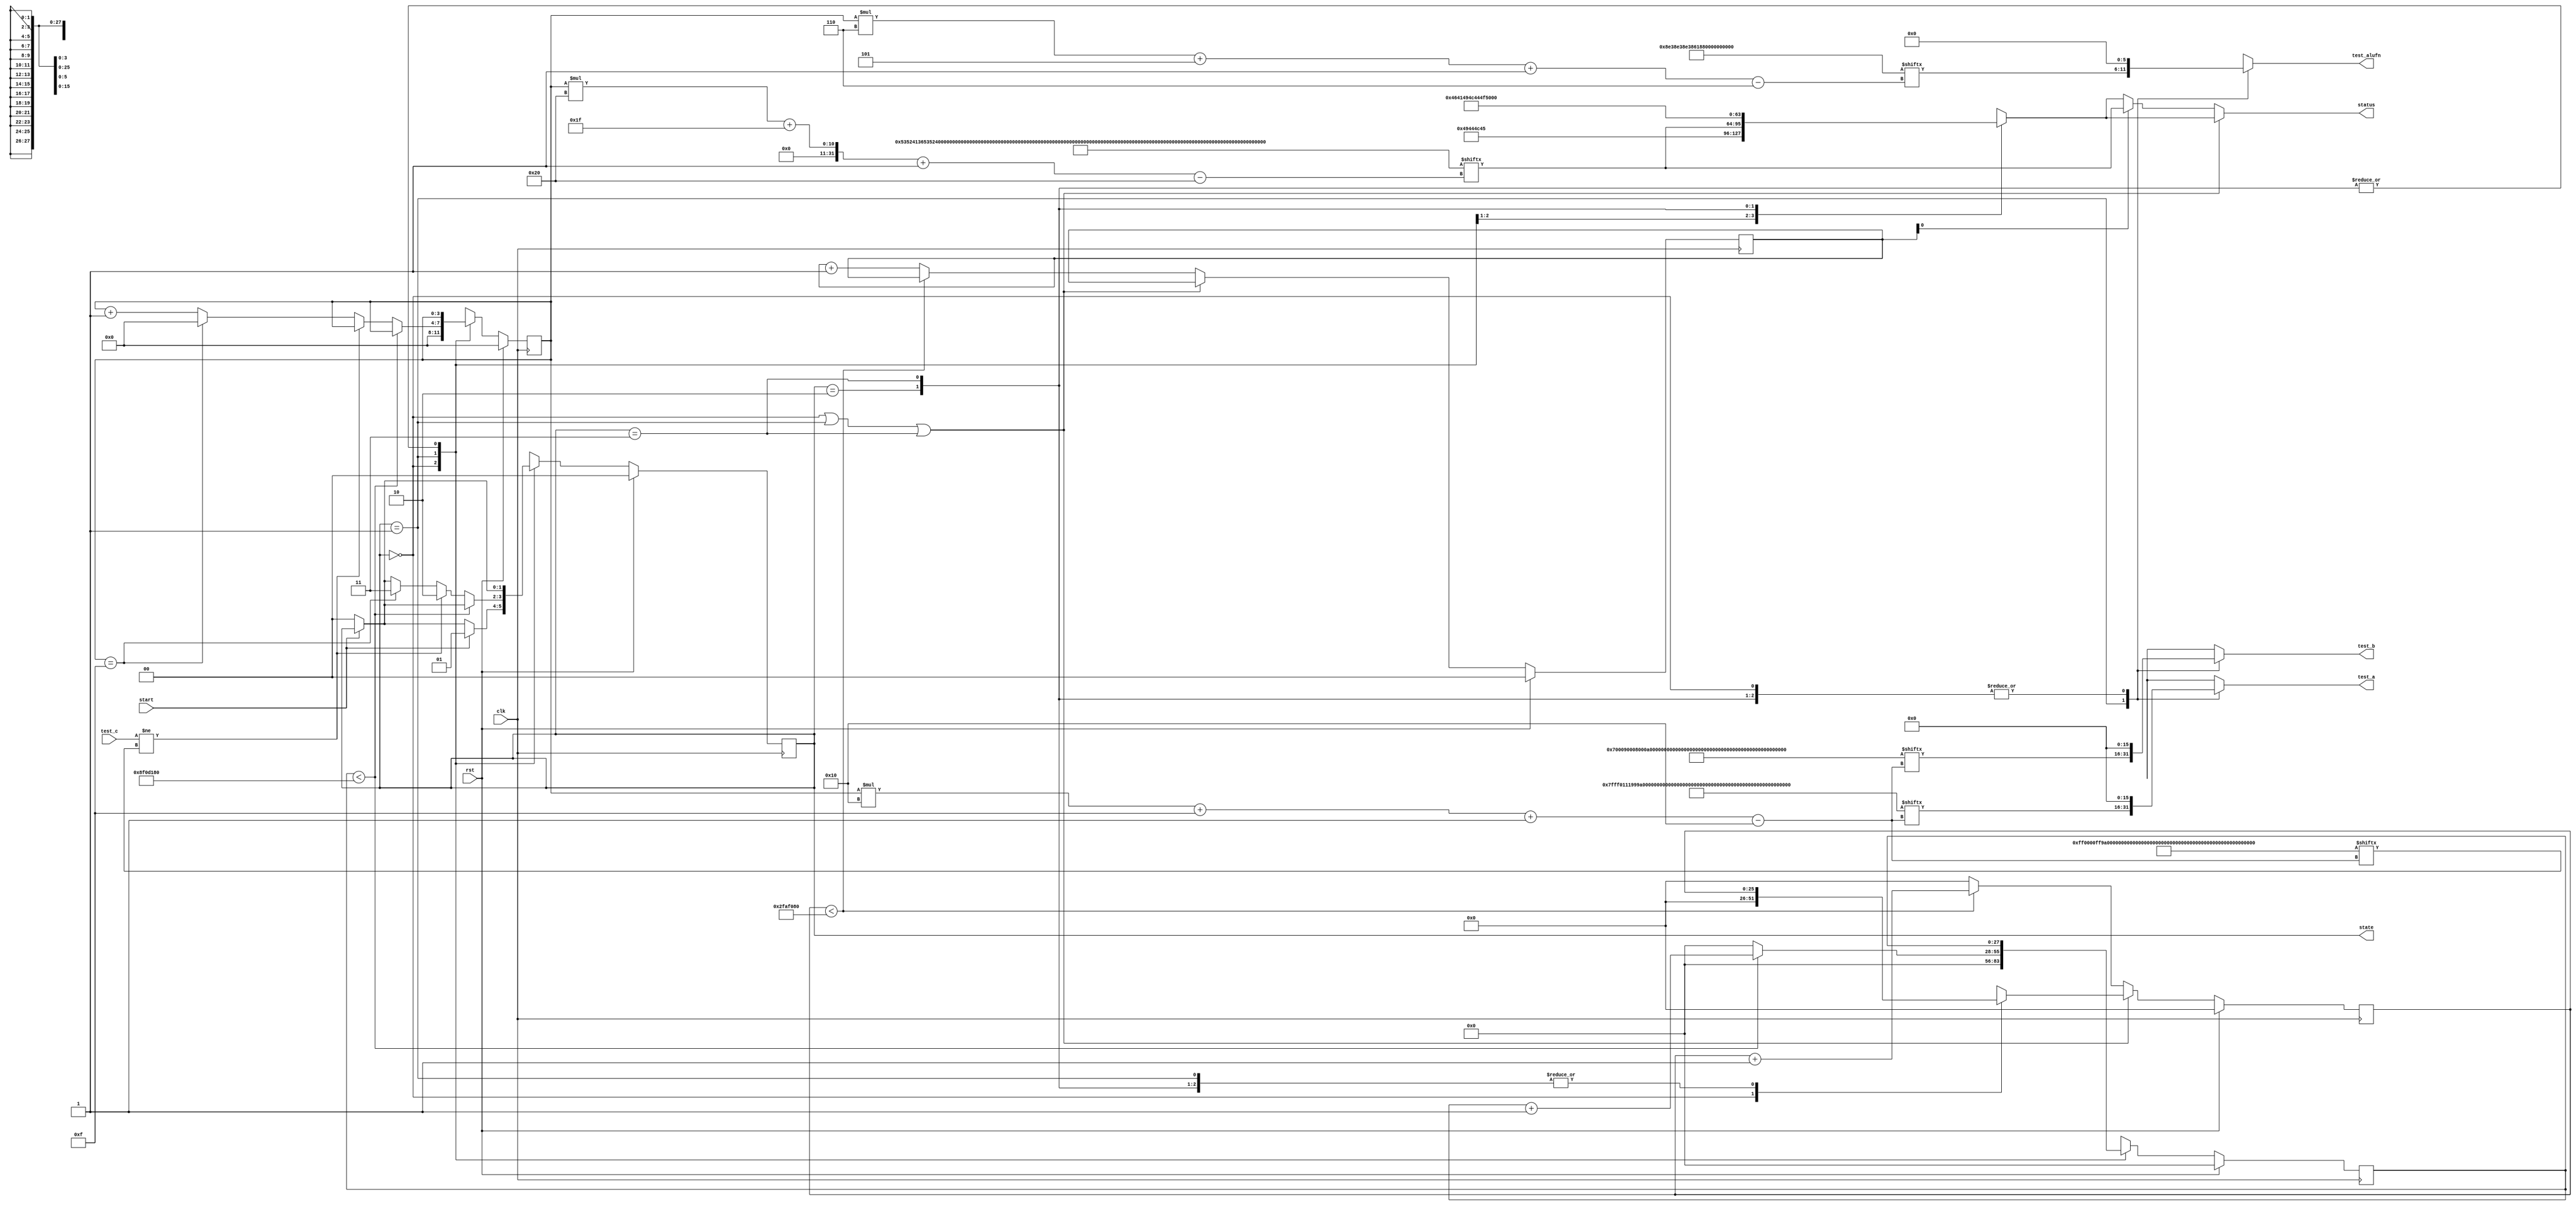
/*
   This file was generated automatically by the Mojo IDE version B1.3.6.
   Do not edit this file directly. Instead edit the original Lucid source.
   This is a temporary file and any changes made to it will be destroyed.
*/

/*
   Parameters:
     NUM_TEST_CASES = 16
     TEST_NAME = TestCasesROM.SHIFTER_TEST_NAME
     TEST_A = TestCasesROM.SHIFTER_TEST_A
     TEST_B = TestCasesROM.SHIFTER_TEST_B
     TEST_ALUFN = TestCasesROM.SHIFTER_TEST_ALUFN
     TEST_C = TestCasesROM.SHIFTER_TEST_C
     BYPASS_FAIL = 0
     NUM_TEST_SECS = 3
     NUM_FAIL_SECS = 1
     NUM_FAIL_BLINKS = 2
*/
module basic_tester_17 (
    input clk,
    input rst,
    input start,
    input [15:0] test_c,
    output reg [15:0] test_a,
    output reg [15:0] test_b,
    output reg [5:0] test_alufn,
    output reg [1:0] state,
    output reg [31:0] status
  );
  
  localparam NUM_TEST_CASES = 5'h10;
  localparam TEST_NAME = 512'h535241365352413553524134535241335352413253524131534852355348523453485233534852325348523153484c3553484c3453484c3353484c3253484c31;
  localparam TEST_A = 256'h7fff01119999ffff4000800001119999ffff8000800088809999ffff00010001;
  localparam TEST_B = 256'h000700090008000a000e000100090008000a000f000100090008000a000f0001;
  localparam TEST_ALUFN = 96'h8e38e38e3861861860820820;
  localparam TEST_C = 256'h00ff0000ff99ffff0001c00000000099003f0001400000009900fc0080000002;
  localparam BYPASS_FAIL = 1'h0;
  localparam NUM_TEST_SECS = 2'h3;
  localparam NUM_FAIL_SECS = 1'h1;
  localparam NUM_FAIL_BLINKS = 2'h2;
  
  
  localparam NUM_TEST_TIMER_CYCLES = 28'h8f0d180;
  
  localparam NUM_FAIL_TIMER_CYCLES = 26'h2faf080;
  
  reg [31:0] next_status;
  
  reg [27:0] M_display_test_timer_d, M_display_test_timer_q = 1'h0;
  reg [25:0] M_display_fail_timer_d, M_display_fail_timer_q = 1'h0;
  reg [1:0] M_fail_blink_ctr_d, M_fail_blink_ctr_q = 1'h0;
  reg [3:0] M_tester_ctr_d, M_tester_ctr_q = 1'h0;
  localparam IDLE_tester_state = 2'd0;
  localparam TEST_tester_state = 2'd1;
  localparam FAIL_tester_state = 2'd2;
  localparam DONE_tester_state = 2'd3;
  
  reg [1:0] M_tester_state_d, M_tester_state_q = IDLE_tester_state;
  
  always @* begin
    M_tester_state_d = M_tester_state_q;
    M_display_fail_timer_d = M_display_fail_timer_q;
    M_display_test_timer_d = M_display_test_timer_q;
    M_fail_blink_ctr_d = M_fail_blink_ctr_q;
    M_tester_ctr_d = M_tester_ctr_q;
    
    status = 32'h00000000;
    test_a = 1'h0;
    test_b = 1'h0;
    test_alufn = 1'h0;
    if (!start) begin
      M_tester_state_d = IDLE_tester_state;
    end
    state = M_tester_state_q;
    next_status = 32'h4e554c4c;
    
    case (M_tester_state_q)
      IDLE_tester_state: begin
        M_display_test_timer_d = 1'h0;
        M_display_fail_timer_d = 1'h0;
        M_tester_ctr_d = 1'h0;
        next_status = 32'h49444c45;
        if (start) begin
          M_tester_state_d = TEST_tester_state;
        end
      end
      TEST_tester_state: begin
        next_status = TEST_NAME[(M_tester_ctr_q)*32+31-:32];
        test_a = TEST_A[(M_tester_ctr_q)*16+15-:16];
        test_b = TEST_B[(M_tester_ctr_q)*16+15-:16];
        test_alufn = TEST_ALUFN[(M_tester_ctr_q)*6+5-:6];
        if (M_display_test_timer_q < 28'h8f0d180) begin
          M_display_test_timer_d = M_display_test_timer_q + 1'h1;
        end else begin
          M_display_test_timer_d = 1'h0;
          if (test_c != TEST_C[(M_tester_ctr_q)*16+15-:16]) begin
            M_tester_state_d = FAIL_tester_state;
          end else begin
            if (M_tester_ctr_q == 6'h0f) begin
              M_tester_state_d = DONE_tester_state;
              M_tester_ctr_d = 1'h0;
            end else begin
              M_tester_ctr_d = M_tester_ctr_q + 1'h1;
            end
          end
        end
      end
      FAIL_tester_state: begin
        next_status = 32'h4641494c;
      end
      DONE_tester_state: begin
        next_status = 32'h444f4e45;
      end
    endcase
    if (M_tester_state_q == IDLE_tester_state | M_tester_state_q == TEST_tester_state | M_tester_state_q == DONE_tester_state) begin
      status = next_status;
    end else begin
      if (~M_fail_blink_ctr_q[0+0-:1]) begin
        status = next_status;
      end else begin
        status = TEST_NAME[(M_tester_ctr_q)*32+31-:32];
      end
      if (M_display_fail_timer_q < 26'h2faf080) begin
        M_display_fail_timer_d = M_display_fail_timer_q + 1'h1;
      end else begin
        M_display_fail_timer_d = 1'h0;
        if (1'h1) begin
          M_fail_blink_ctr_d = M_fail_blink_ctr_q + 1'h1;
        end else begin
          if (M_fail_blink_ctr_q < 5'h03) begin
            M_fail_blink_ctr_d = M_fail_blink_ctr_q + 1'h1;
          end else begin
            M_fail_blink_ctr_d = 1'h0;
            if (M_tester_ctr_q < 6'h0f) begin
              M_tester_state_d = TEST_tester_state;
              M_tester_ctr_d = M_tester_ctr_q + 1'h1;
            end else begin
              M_tester_state_d = DONE_tester_state;
              M_tester_ctr_d = 1'h0;
            end
          end
        end
      end
    end
  end
  
  always @(posedge clk) begin
    if (rst == 1'b1) begin
      M_display_test_timer_q <= 1'h0;
      M_display_fail_timer_q <= 1'h0;
      M_fail_blink_ctr_q <= 1'h0;
      M_tester_ctr_q <= 1'h0;
      M_tester_state_q <= 1'h0;
    end else begin
      M_display_test_timer_q <= M_display_test_timer_d;
      M_display_fail_timer_q <= M_display_fail_timer_d;
      M_fail_blink_ctr_q <= M_fail_blink_ctr_d;
      M_tester_ctr_q <= M_tester_ctr_d;
      M_tester_state_q <= M_tester_state_d;
    end
  end
  
endmodule